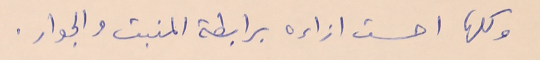
وكلها أحست ازاءه برابطة المنبت والجوار.